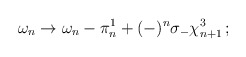
\begin{align*}\omega_n \to \omega_n - \pi_n^1 + (-)^n \sigma_- \chi_{n+1}^3 \, ;\end{align*}